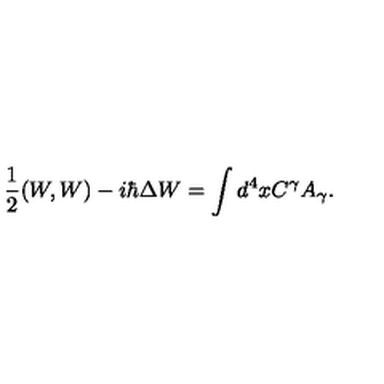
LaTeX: { \frac { 1 } { 2 } } ( W , W ) - i \hbar \Delta W = \int d ^ { 4 } x C ^ { \gamma } A _ { \gamma } .